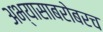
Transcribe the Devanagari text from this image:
अभ्यासाबरोबरच